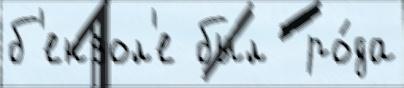
б'ензол'е был  ро́да